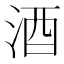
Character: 酒